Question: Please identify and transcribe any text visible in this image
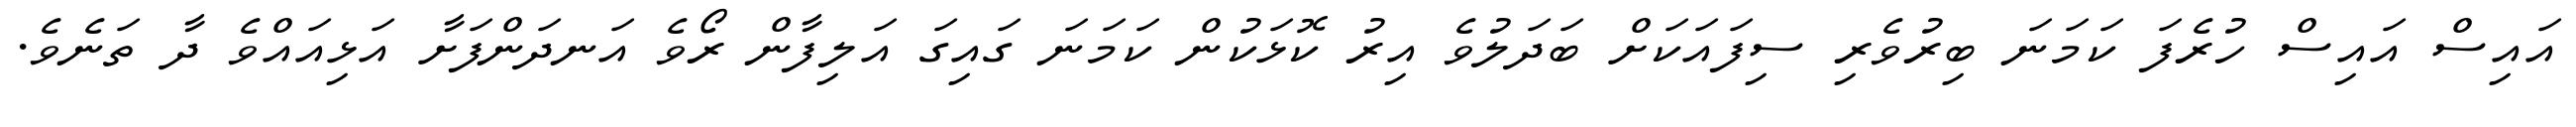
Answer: އައިސް އައިސް ހުރެފަ ކަމަނަ ބިރުވެރި ސިފައަކަށް ބަދަލުވެ އިރު ކޮޅަކުން ކަމަނަ ގައިގަ އަލިފާން ރޯވެ އަނދަންފަށާ އަޅިއައްވެ ދާ ތަނެވެ.